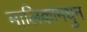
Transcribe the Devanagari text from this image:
मालिकांमधुन